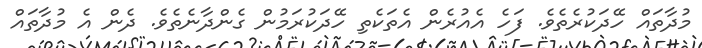
މުދާތައް ހޭދަކުރެތެވެ. ފަހެ އެއުރެން އެތަކެތި ހޭދަކުރަމުން ގެންދާނެތެވެ. ދެން އެ މުދާތައް